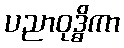
ပညာဝုဒ္ဓိကာ